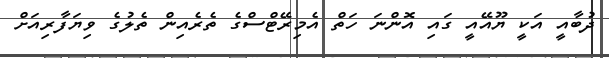
ދުބާއީ އަކީ ޔޫއޭއީ ގައި އޮންނަ ހަތް އެމިރޭޓްސްގެ ތެރެއިން ތެލުގެ ވިޔަފާރިއަށް